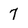
Character: 7